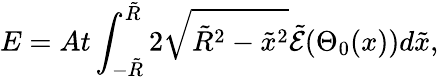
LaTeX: E=At\int_{-\tilde{R}}^{\tilde{R}}2\sqrt{\tilde{R}^{2}-\tilde{x}^{2}}\tilde{\mathcal{E}}(\Theta_{0}(x))d\tilde{x},